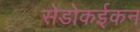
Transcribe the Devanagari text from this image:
सेडोकईकन